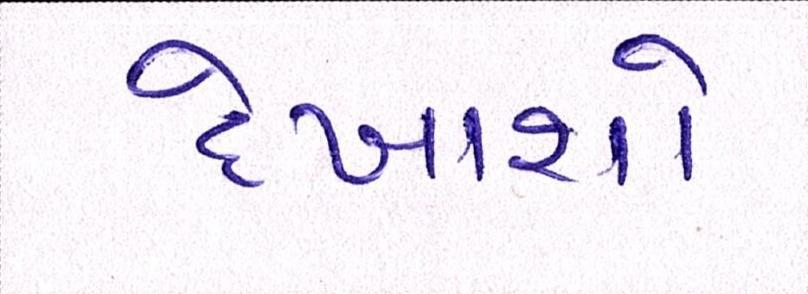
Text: દેખાશો